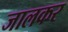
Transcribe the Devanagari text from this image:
जालकर